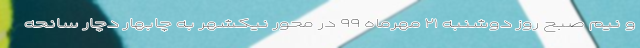
و نیم صبح روز دوشنبه ۲۱ مهرماه ۹۹ در محور نیکشهر به چابهار دچار سانحه